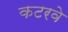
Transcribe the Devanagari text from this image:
कटरवे